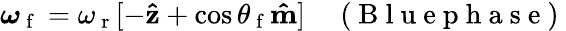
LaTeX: \begin{array}{r}{\boldsymbol{\omega}_{\mathrm{~f~}}=\omega_{\mathrm{~r~}}[-\mathbf{\hat{z}}+\cos\theta_{\mathrm{~f~}}\mathbf{\hat{m}}]\quad\mathrm{~(~B~l~u~e~p~h~a~s~e~)~}}\end{array}